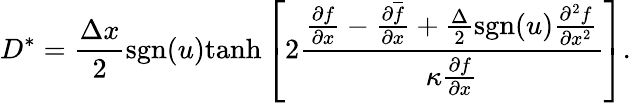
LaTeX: D^{\ast}=\frac{\Delta x}{2}\mathrm{sgn}(u)\mathrm{tanh}\left[2\frac{\frac{\partial f}{\partial x}-\frac{\partial\overline{{f}}}{\partial x}+\frac{\Delta}{2}\mathrm{sgn}(u)\frac{\partial^{2}f}{\partial x^{2}}}{\kappa\frac{\partial{f}}{\partial x}}\right].